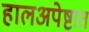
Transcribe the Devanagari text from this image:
हालअपेष्टात